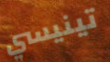
تينيسي